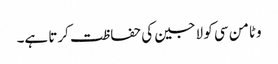
وٹامن سی کو لاجین کی حفاظت کرتا ہے۔